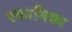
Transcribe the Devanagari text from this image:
रकाबिका